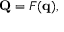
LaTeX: \mathbf { Q } = F ( \mathbf { q } ) ,